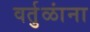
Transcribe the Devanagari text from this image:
वर्तुळांना